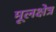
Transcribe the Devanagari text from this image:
मूलक्षेत्र